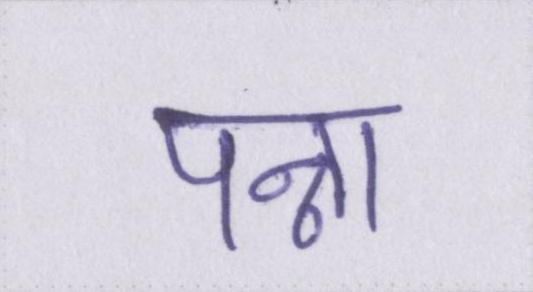
पन्ना